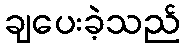
ချပေးခဲ့သည်